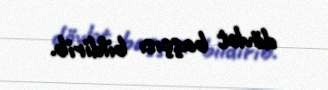
dövlət başçısı bildirib.